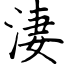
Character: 淒